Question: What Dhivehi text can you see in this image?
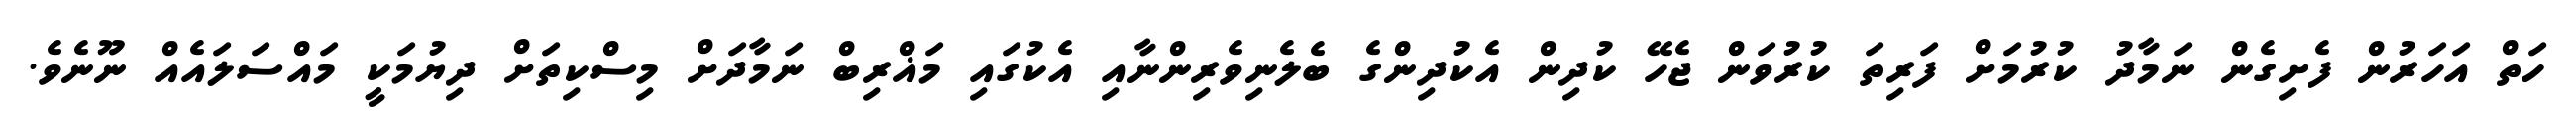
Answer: ހަތް އަހަރުން ފެށިގެން ނަމާދު ކުރުމަށް ފަރިތަ ކުރުވަން ޖެހޭ ކުދިން އެކުދިންގެ ބެލެނިވެރިންނާއި އެކުގައި މަޣްރިބް ނަމާދަށް މިސްކިތަށް ދިޔުމަކީ މައްސަލައެއް ނޫނެވެ.